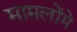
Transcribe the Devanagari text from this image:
मामलोंमे